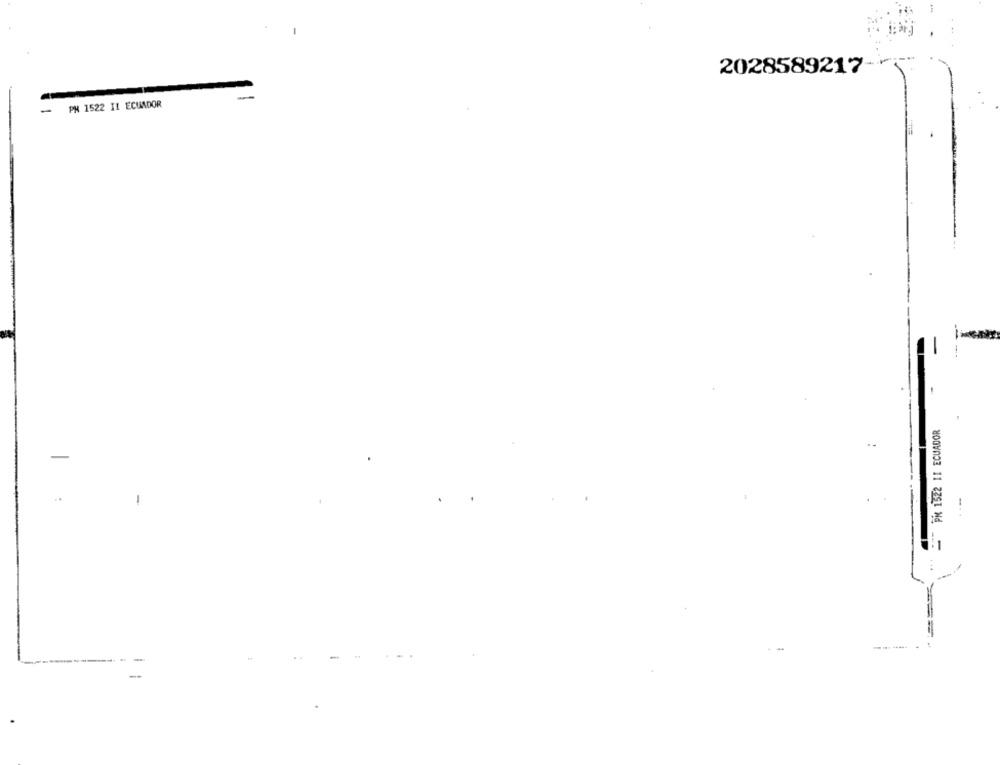
2028589217-
PH 1522 IL ECUADOR
-
PK 1522 11 ECUADOR
-
-
-
-